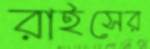
রাইসের